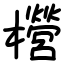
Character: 櫿